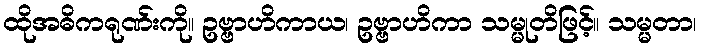
ထိုအဓိကရုဏ်းကို။ ဥဗ္ဗာဟိကာယ၊ ဥဗ္ဗာဟိကာ သမ္မုတိဖြင့်။ သမ္မတာ၊